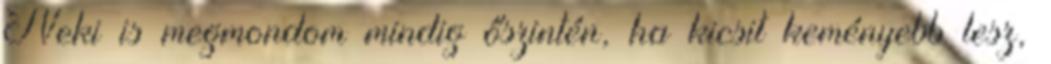
Neki is megmondom mindig őszintén, ha kicsit keményebb lesz,